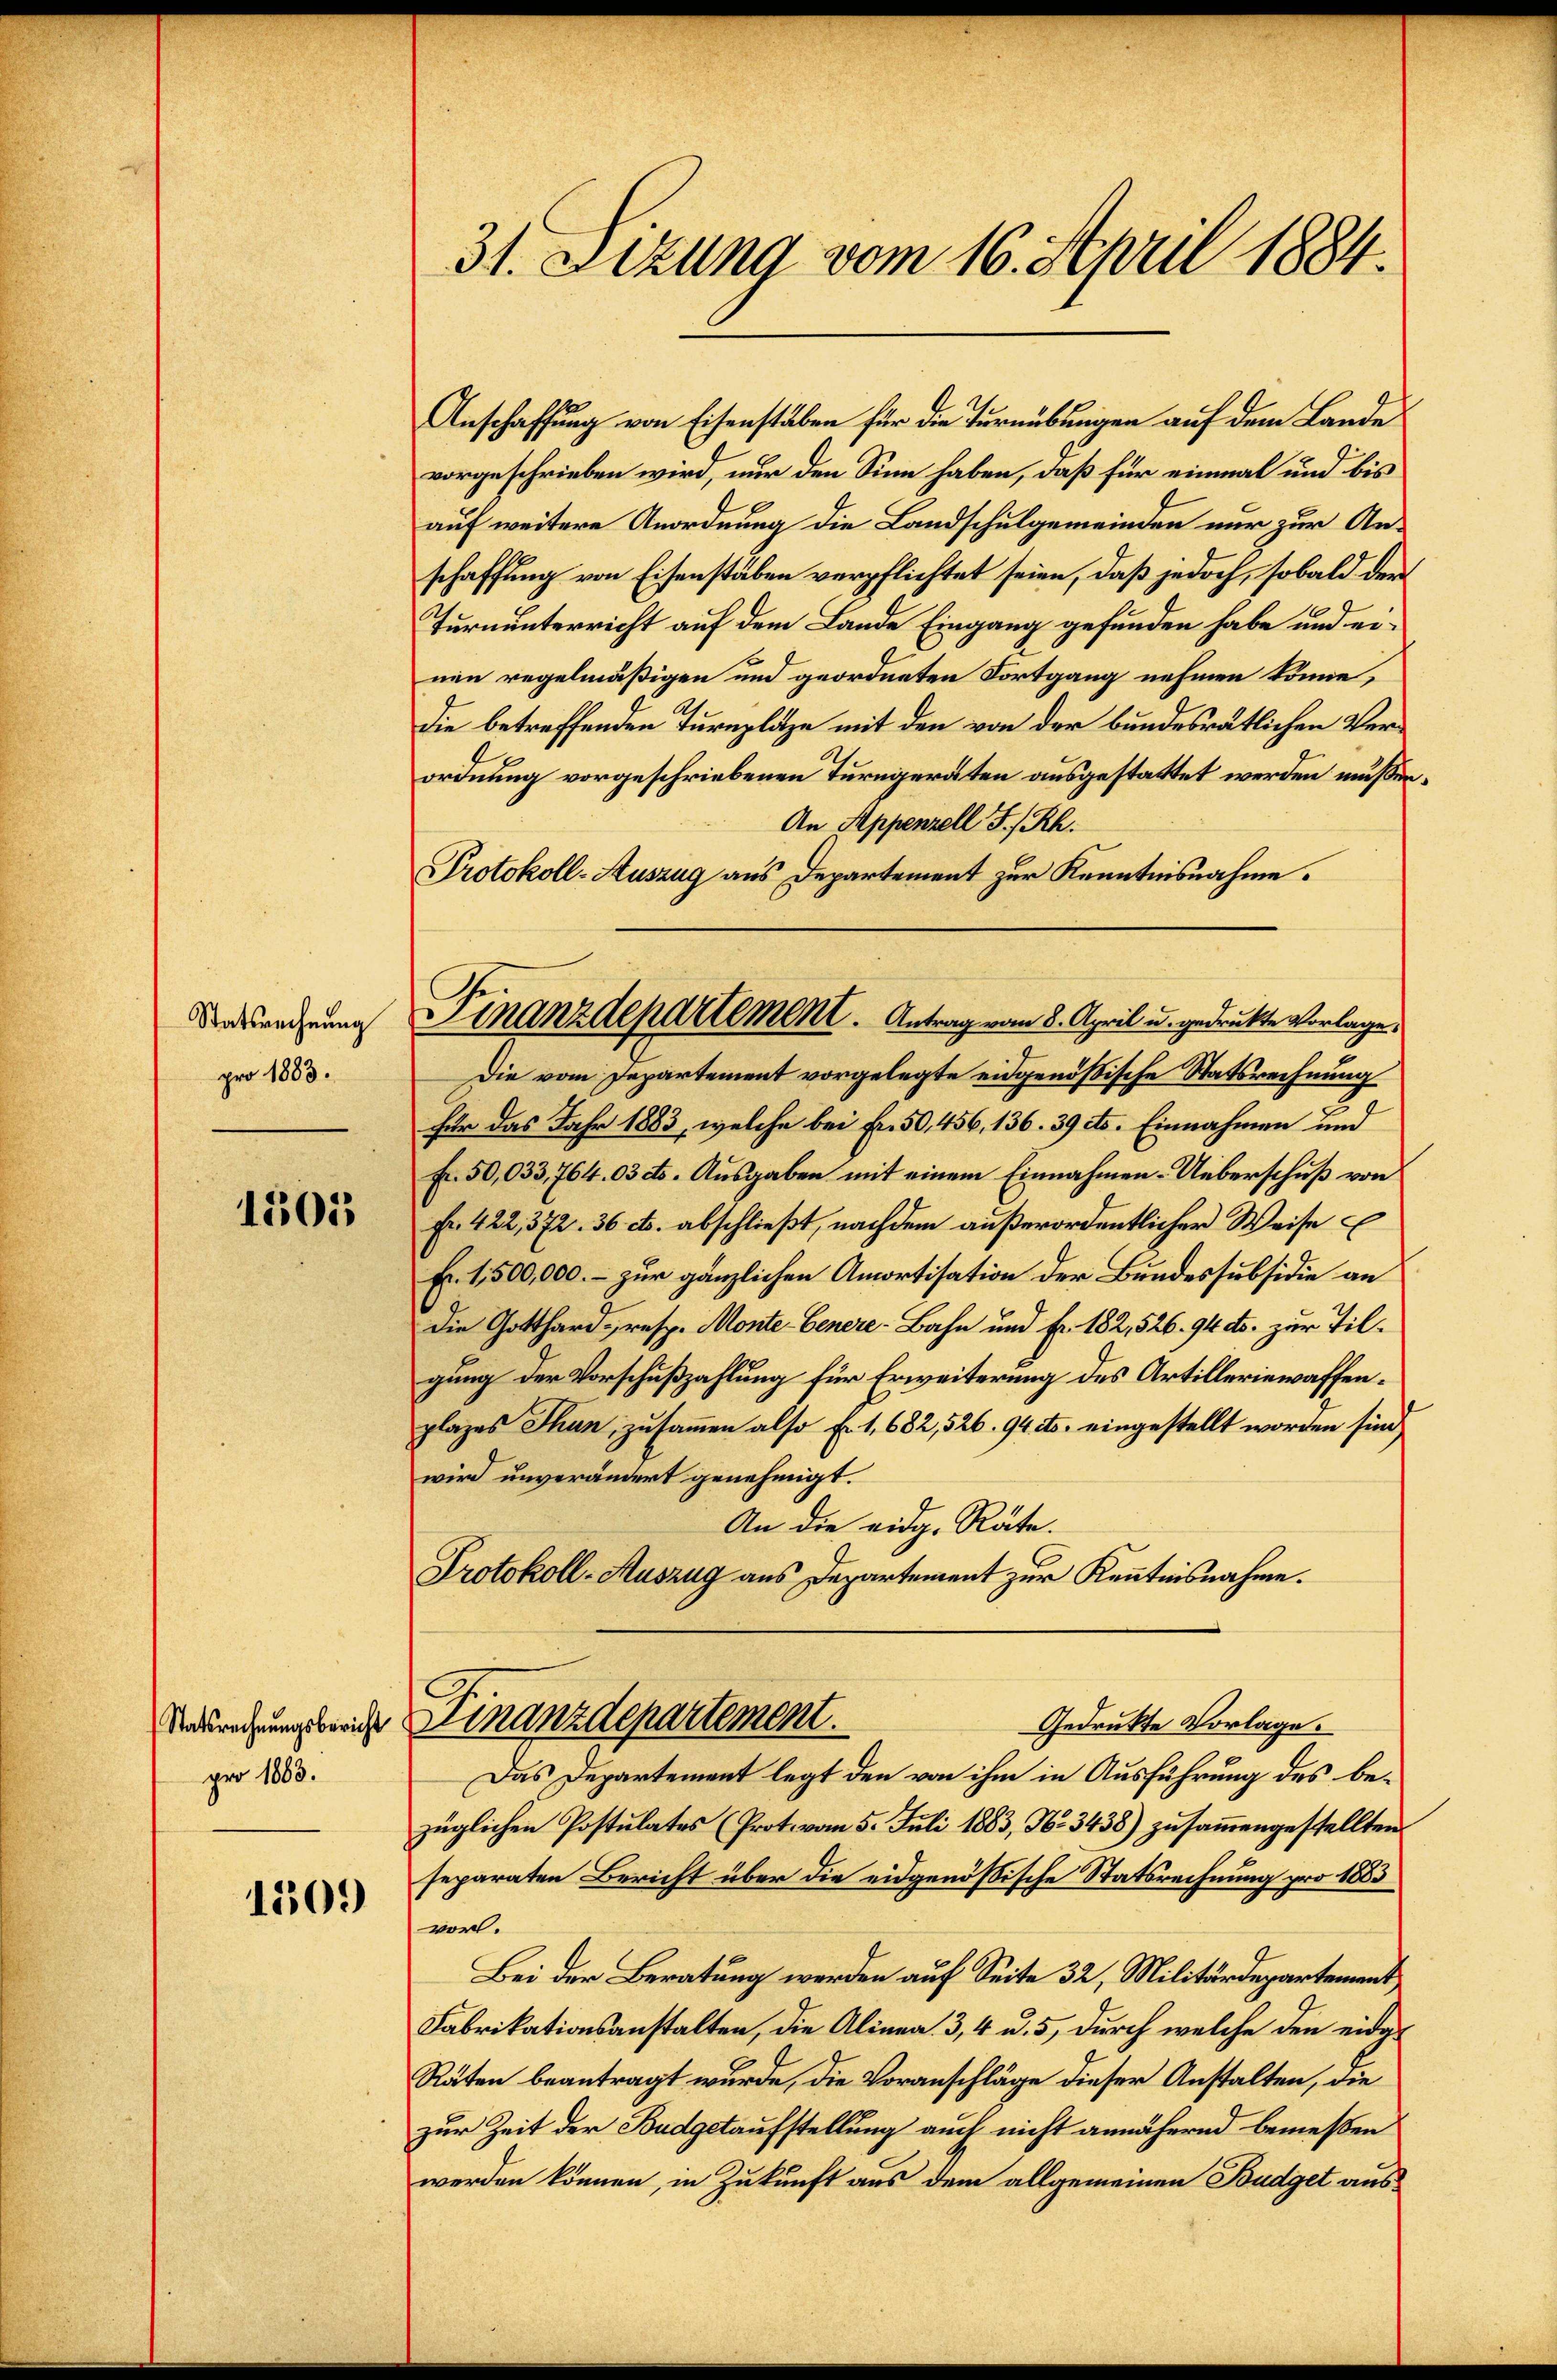
Statsrechnung
pro 1883.

1505

pro 1883.

1509

31. Setzung vom 16. April 1884.

Finanzdepartement. Antrag vom 8. April u. gedrukte Vorlage,

Anschaffung von Eisenstäben für die Turnübungen auf dem Lande
vorgeschrieben wird, nur den Sinn haben, daß für einmal und bis
auf weitere Anordnung die Landschulgemeinden nur zur Anschaffung von Eisenstäben verpflichtet seien, daß jedoch, sobald der
Turnunterricht auf dem Lande Eingang gefunden habe und einen regelmäßigen und geordneten Fortgang nehmen könne,
Die betreffenden Turnplätze mit den von der bundesrätlichen Verordnung vorgeschriebenen Turngeräten ausgestattet werden müßen,
An Appenzell I/Rh.
Protokoll-Auszug aus Departement zur Kenntnisnahme.
Die vom Departement vorgelegte eidgenößische Statsrechnung
für das Jahr 1883, welche bei Fr. 50,456, 136. 39 cts. Einnahmen und
Fr. 50,033,764. 03 dto. Ausgaben mit einem Einnahmen-Ueberschuß von
Fr. 422, 372. 36 c. abschließt, nachdem außerordentlicher Weise E
Er 1,500,000.- zur gänzlichen Amortisation der Bundessubsidie an
Die Gotthard-, resp. Monte Genere-Bahn und Fr. 182, 526. 94 dts. zur Tilgung der Vorschußzahlung für Erweiterung des Artilleriewaffenplazes Thun, zusammen also f. 1,682,526. 94 cts. eingestellt worden sind,
wird unverändert genehmigt.
An die eidg. Räte.
Protokoll-Auszug aus Departement zur Kenntnisnahme.
Andrechungsreiche Finanzdepartement.
Gedrukte Vorlage.
Das Departement legt den von ihm in Ausführung des bezüglichen Postulates (Prot. vom 5. Juli 1883, No 3438) zusammengestellten
separaten Bericht über die eidgenössische Statsrechnung pro 1883
vor.
Bei der Beratung werden auf Seite 32, Militärdepartement
Fabrikationsanstalten, die Alinea. 3, 4 u. 5, durch welche den eidge
Räten beantragt wurde, die Voranschläge dieser Anstalten, die
zur Zeit der Budgetaufstellung auch nicht annähernd bemeßen
werden können, in Zukunft aus dem allgemeinen Budget aus